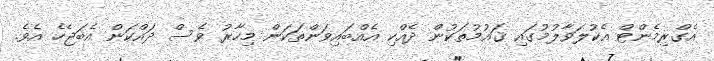
އެގްރިމެންޓް އެކުލަވާލުމުގައި ޤައުމުތަކުން ދެއްކި އެއްބައިވަންތަކަން މިހާރު ވެސް ދައްކަން އެބަޖެހެ އެވެ.